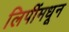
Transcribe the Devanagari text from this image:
लिपींमधून